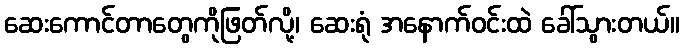
ဆေးကောင်တာတွေကိုဖြတ်လို့၊ ဆေးရုံ အနောက်ဝင်းထဲ ခေါ်သွားတယ်။